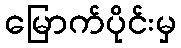
မြောက်ပိုင်းမှ